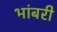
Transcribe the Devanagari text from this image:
भांबरी